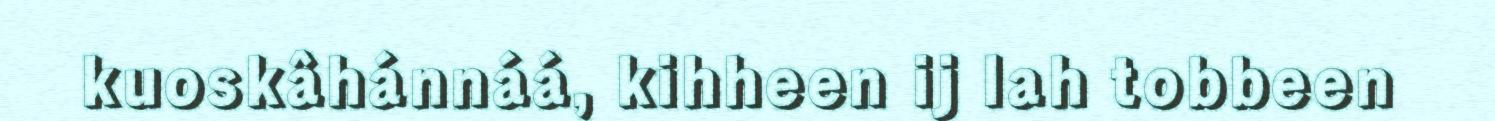
kuoskâhánnáá, kihheen ij lah tobbeen